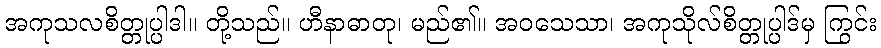
အကုသလစိတ္တုပ္ပါဒါ။ တို့သည်။ ဟီနာဓာတု၊ မည်၏။ အဝသေသာ၊ အကုသိုလ်စိတ္တုပ္ပါဒ်မှ ကြွင်း